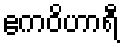
ဧကဝိဟာရီ